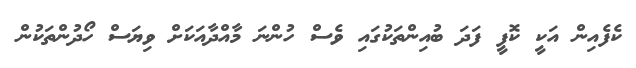
ކެފެއިން އަކީ ކޮފީ ފަދަ ބުއިންތަކުގައި ވެސް ހުންނަ މާއްދާއަކަށް ވިޔަސް ހޯދުންތަކުން